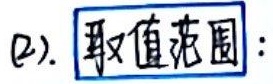
(2). 取值范围：